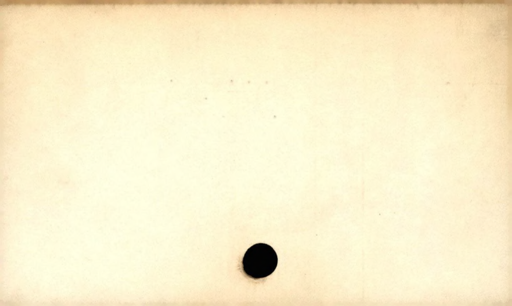
Label: divider